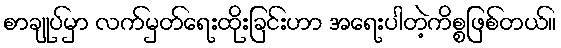
စာချုပ်မှာ လက်မှတ်ရေးထိုးခြင်းဟာ အရေးပါတဲ့ကိစ္စဖြစ်တယ်။